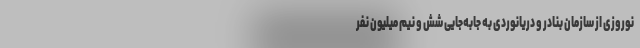
نوروزی از سازمان بنادر و دریانوردی به جابه‌جایی شش و نیم میلیون نفر